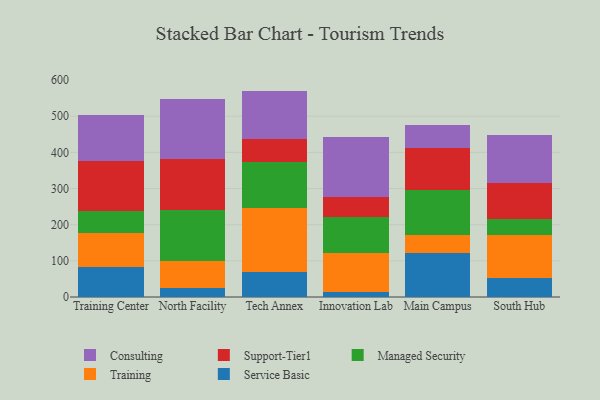
{"axis": {"x": "Campus", "y": "Website Visitors"}, "legend": ["Consulting", "Managed Security", "Service Basic", "Support-Tier1", "Training"], "data": [{"x": "Training Center", "y": 81.7, "type": "Service Basic"}, {"x": "Training Center", "y": 94.9, "type": "Training"}, {"x": "Training Center", "y": 62.2, "type": "Managed Security"}, {"x": "Training Center", "y": 137.8, "type": "Support-Tier1"}, {"x": "Training Center", "y": 126.0, "type": "Consulting"}, {"x": "North Facility", "y": 25.3, "type": "Service Basic"}, {"x": "North Facility", "y": 75.6, "type": "Training"}, {"x": "North Facility", "y": 139.1, "type": "Managed Security"}, {"x": "North Facility", "y": 141.8, "type": "Support-Tier1"}, {"x": "North Facility", "y": 165.5, "type": "Consulting"}, {"x": "Tech Annex", "y": 68.0, "type": "Service Basic"}, {"x": "Tech Annex", "y": 179.3, "type": "Training"}, {"x": "Tech Annex", "y": 125.9, "type": "Managed Security"}, {"x": "Tech Annex", "y": 62.4, "type": "Support-Tier1"}, {"x": "Tech Annex", "y": 134.5, "type": "Consulting"}, {"x": "Innovation Lab", "y": 13.0, "type": "Service Basic"}, {"x": "Innovation Lab", "y": 109.0, "type": "Training"}, {"x": "Innovation Lab", "y": 100.0, "type": "Managed Security"}, {"x": "Innovation Lab", "y": 55.9, "type": "Support-Tier1"}, {"x": "Innovation Lab", "y": 164.8, "type": "Consulting"}, {"x": "Main Campus", "y": 121.9, "type": "Service Basic"}, {"x": "Main Campus", "y": 49.0, "type": "Training"}, {"x": "Main Campus", "y": 124.5, "type": "Managed Security"}, {"x": "Main Campus", "y": 117.4, "type": "Support-Tier1"}, {"x": "Main Campus", "y": 63.1, "type": "Consulting"}, {"x": "South Hub", "y": 52.3, "type": "Service Basic"}, {"x": "South Hub", "y": 117.8, "type": "Training"}, {"x": "South Hub", "y": 46.3, "type": "Managed Security"}, {"x": "South Hub", "y": 98.9, "type": "Support-Tier1"}, {"x": "South Hub", "y": 131.8, "type": "Consulting"}]}